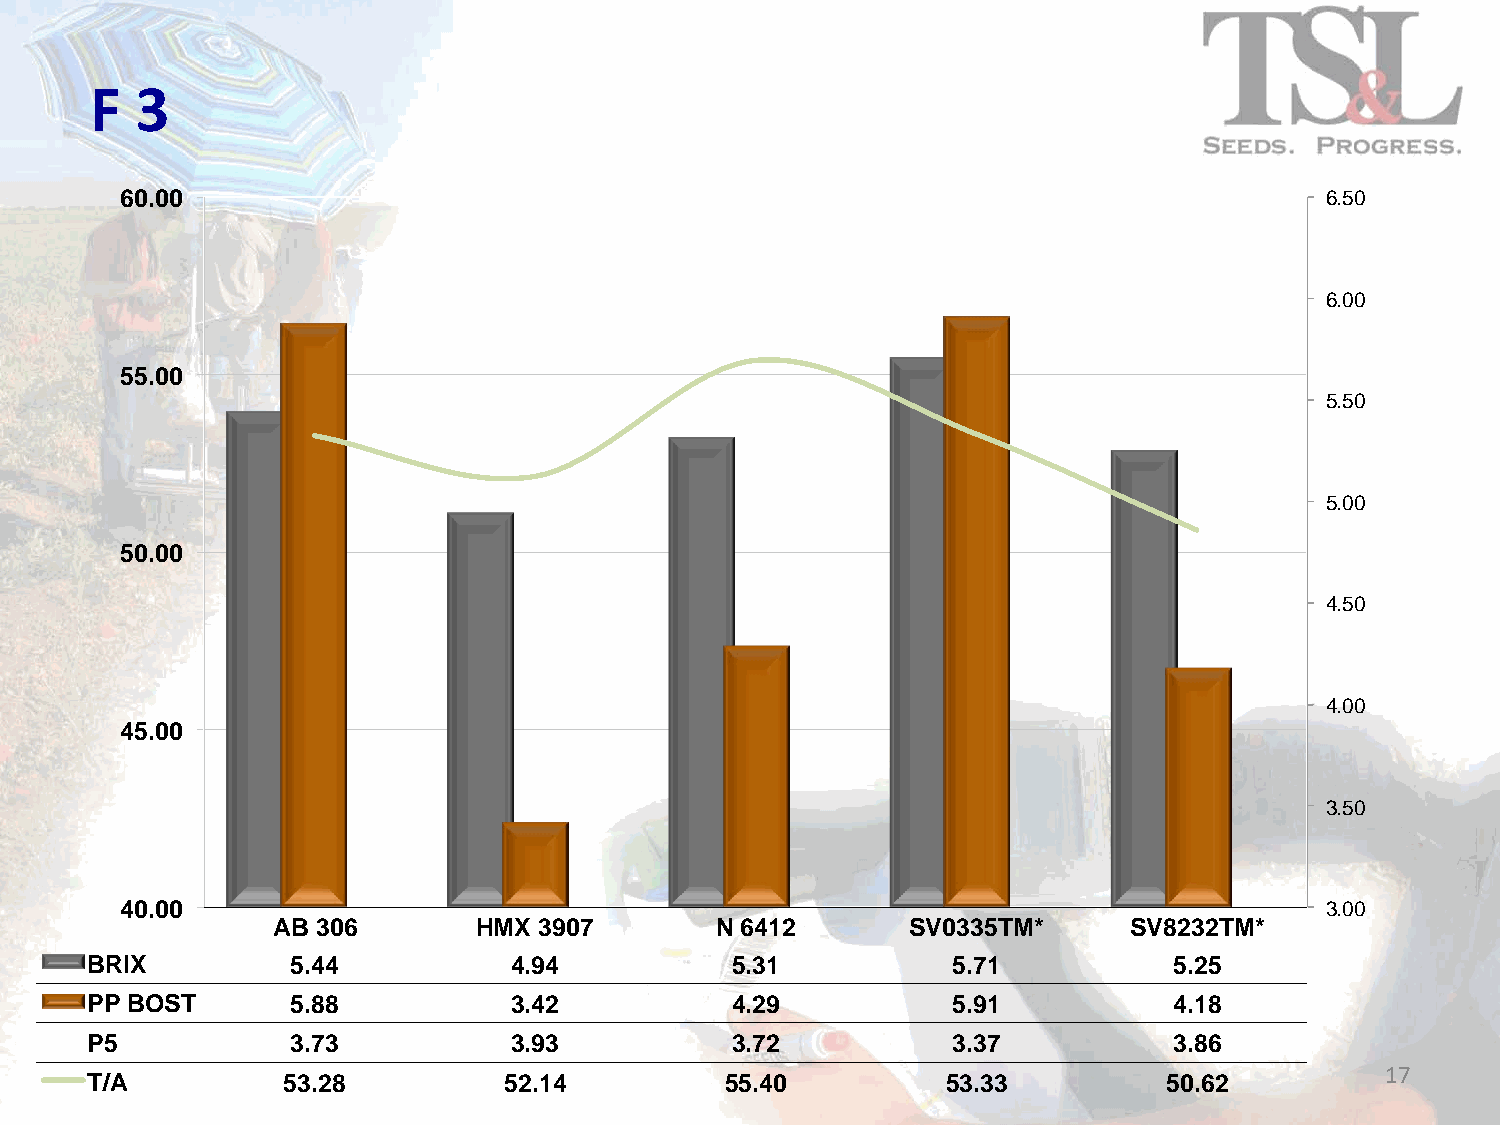
F  3
 60.00                                                                           6.50
 6.00
 55.00
 5.50
 5.00
 50.00
 4.50
 4.00
 45.00
 3.50
 40.00                                                                           3.00
 AB 306        HMX 3907       N 6412       SV0335TM*      SV8232TM*
 BRIX         5.44           4.94          5.31           5.71           5.25
 PP BOST      5.88           3.42          4.29           5.91           4.18
 P5           3.73           3.93          3.72           3.37           3.86
 17
 T/A          53.28         52.14          55.40          53.33         50.62